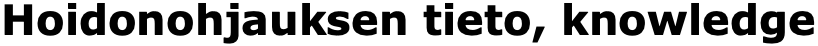
Hoidonohjauksen tieto, knowledge